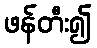
ဖန်တီး၍